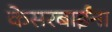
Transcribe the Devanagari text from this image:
केसरबाईंना